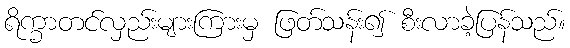
ရိက္ခာတင်လှည်းများကြားမှ ဖြတ်သန်း၍ စီးလာခဲ့ပြန်သည်။